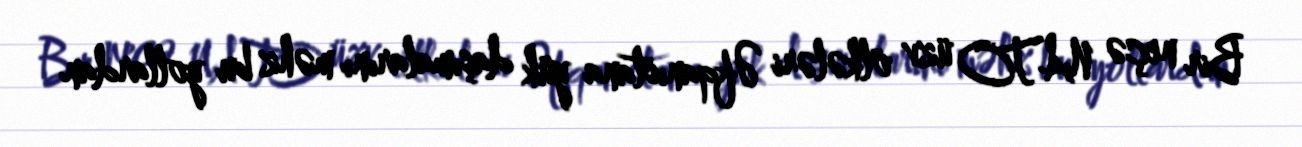
Bir neçə NATO üzv ölkələri Əfqanıstana yük daşımalarını məhz bu yollardan